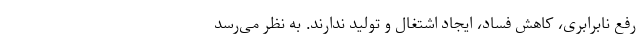
رفع نابرابری، کاهش فساد، ایجاد اشتغال و تولید ندارند. به نظر می‌رسد